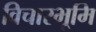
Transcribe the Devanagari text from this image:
विचारभूमि